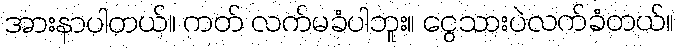
အားနာပါတယ်။ ကတ် လက်မခံပါဘူး။ ငွေသားပဲလက်ခံတယ်။